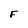
Character: F